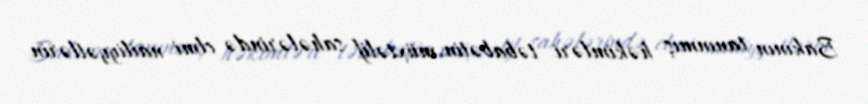
Bakının tanınmış həkimləri təbabətin müxtəlif sahələrində elmi nailiyyətlərin